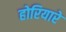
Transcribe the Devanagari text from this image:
होरियारे